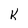
Character: K